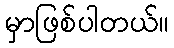
မှာဖြစ်ပါတယ်။